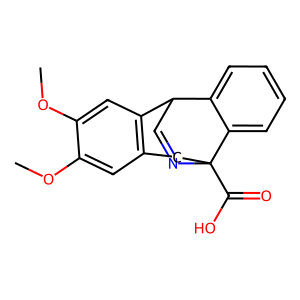
SMILES: COc1cc2c(cc1OC)C1C=NC(C(=O)O)(C2)c2ccccc21
Inhibits HIV replication: No